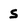
Character: S